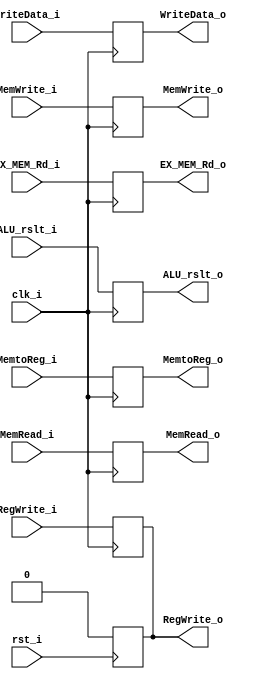
module EX_MEM
(
    clk_i,
    rst_i,
    RegWrite_i,
    MemtoReg_i,
    MemRead_i,
    MemWrite_i,
    ALU_rslt_i,
    WriteData_i,
    EX_MEM_Rd_i,
    
    RegWrite_o,
    MemtoReg_o,
    MemRead_o,
    MemWrite_o,
    ALU_rslt_o,
    WriteData_o,
    EX_MEM_Rd_o,
);
    
    input clk_i;
    input rst_i;
    input RegWrite_i;
    input MemtoReg_i;
    input MemRead_i;
    input MemWrite_i;
    input [31:0] ALU_rslt_i;
    input [31:0] WriteData_i;
    input [4:0] EX_MEM_Rd_i;
    
    output reg RegWrite_o;
    output reg MemtoReg_o;
    output reg MemRead_o;
    output reg MemWrite_o;
    output reg [31:0] ALU_rslt_o;
    output reg [31:0] WriteData_o;
    output reg [4:0] EX_MEM_Rd_o;

    always@(posedge rst_i) begin 
        if(rst_i) begin
            RegWrite_o <= 0;
        end
    end 
    always@(posedge clk_i) begin
        RegWrite_o <= RegWrite_i; 
        MemtoReg_o <= MemtoReg_i;
        MemRead_o <= MemRead_i; 
        MemWrite_o <= MemWrite_i;
        ALU_rslt_o <= ALU_rslt_i;
        WriteData_o <= WriteData_i;
        EX_MEM_Rd_o <= EX_MEM_Rd_i;
    end 


endmodule